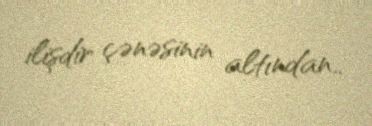
ilişdir çənəsinin altından..